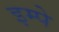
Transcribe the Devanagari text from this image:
इम्पे